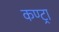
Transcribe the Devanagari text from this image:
कण्ट्रा